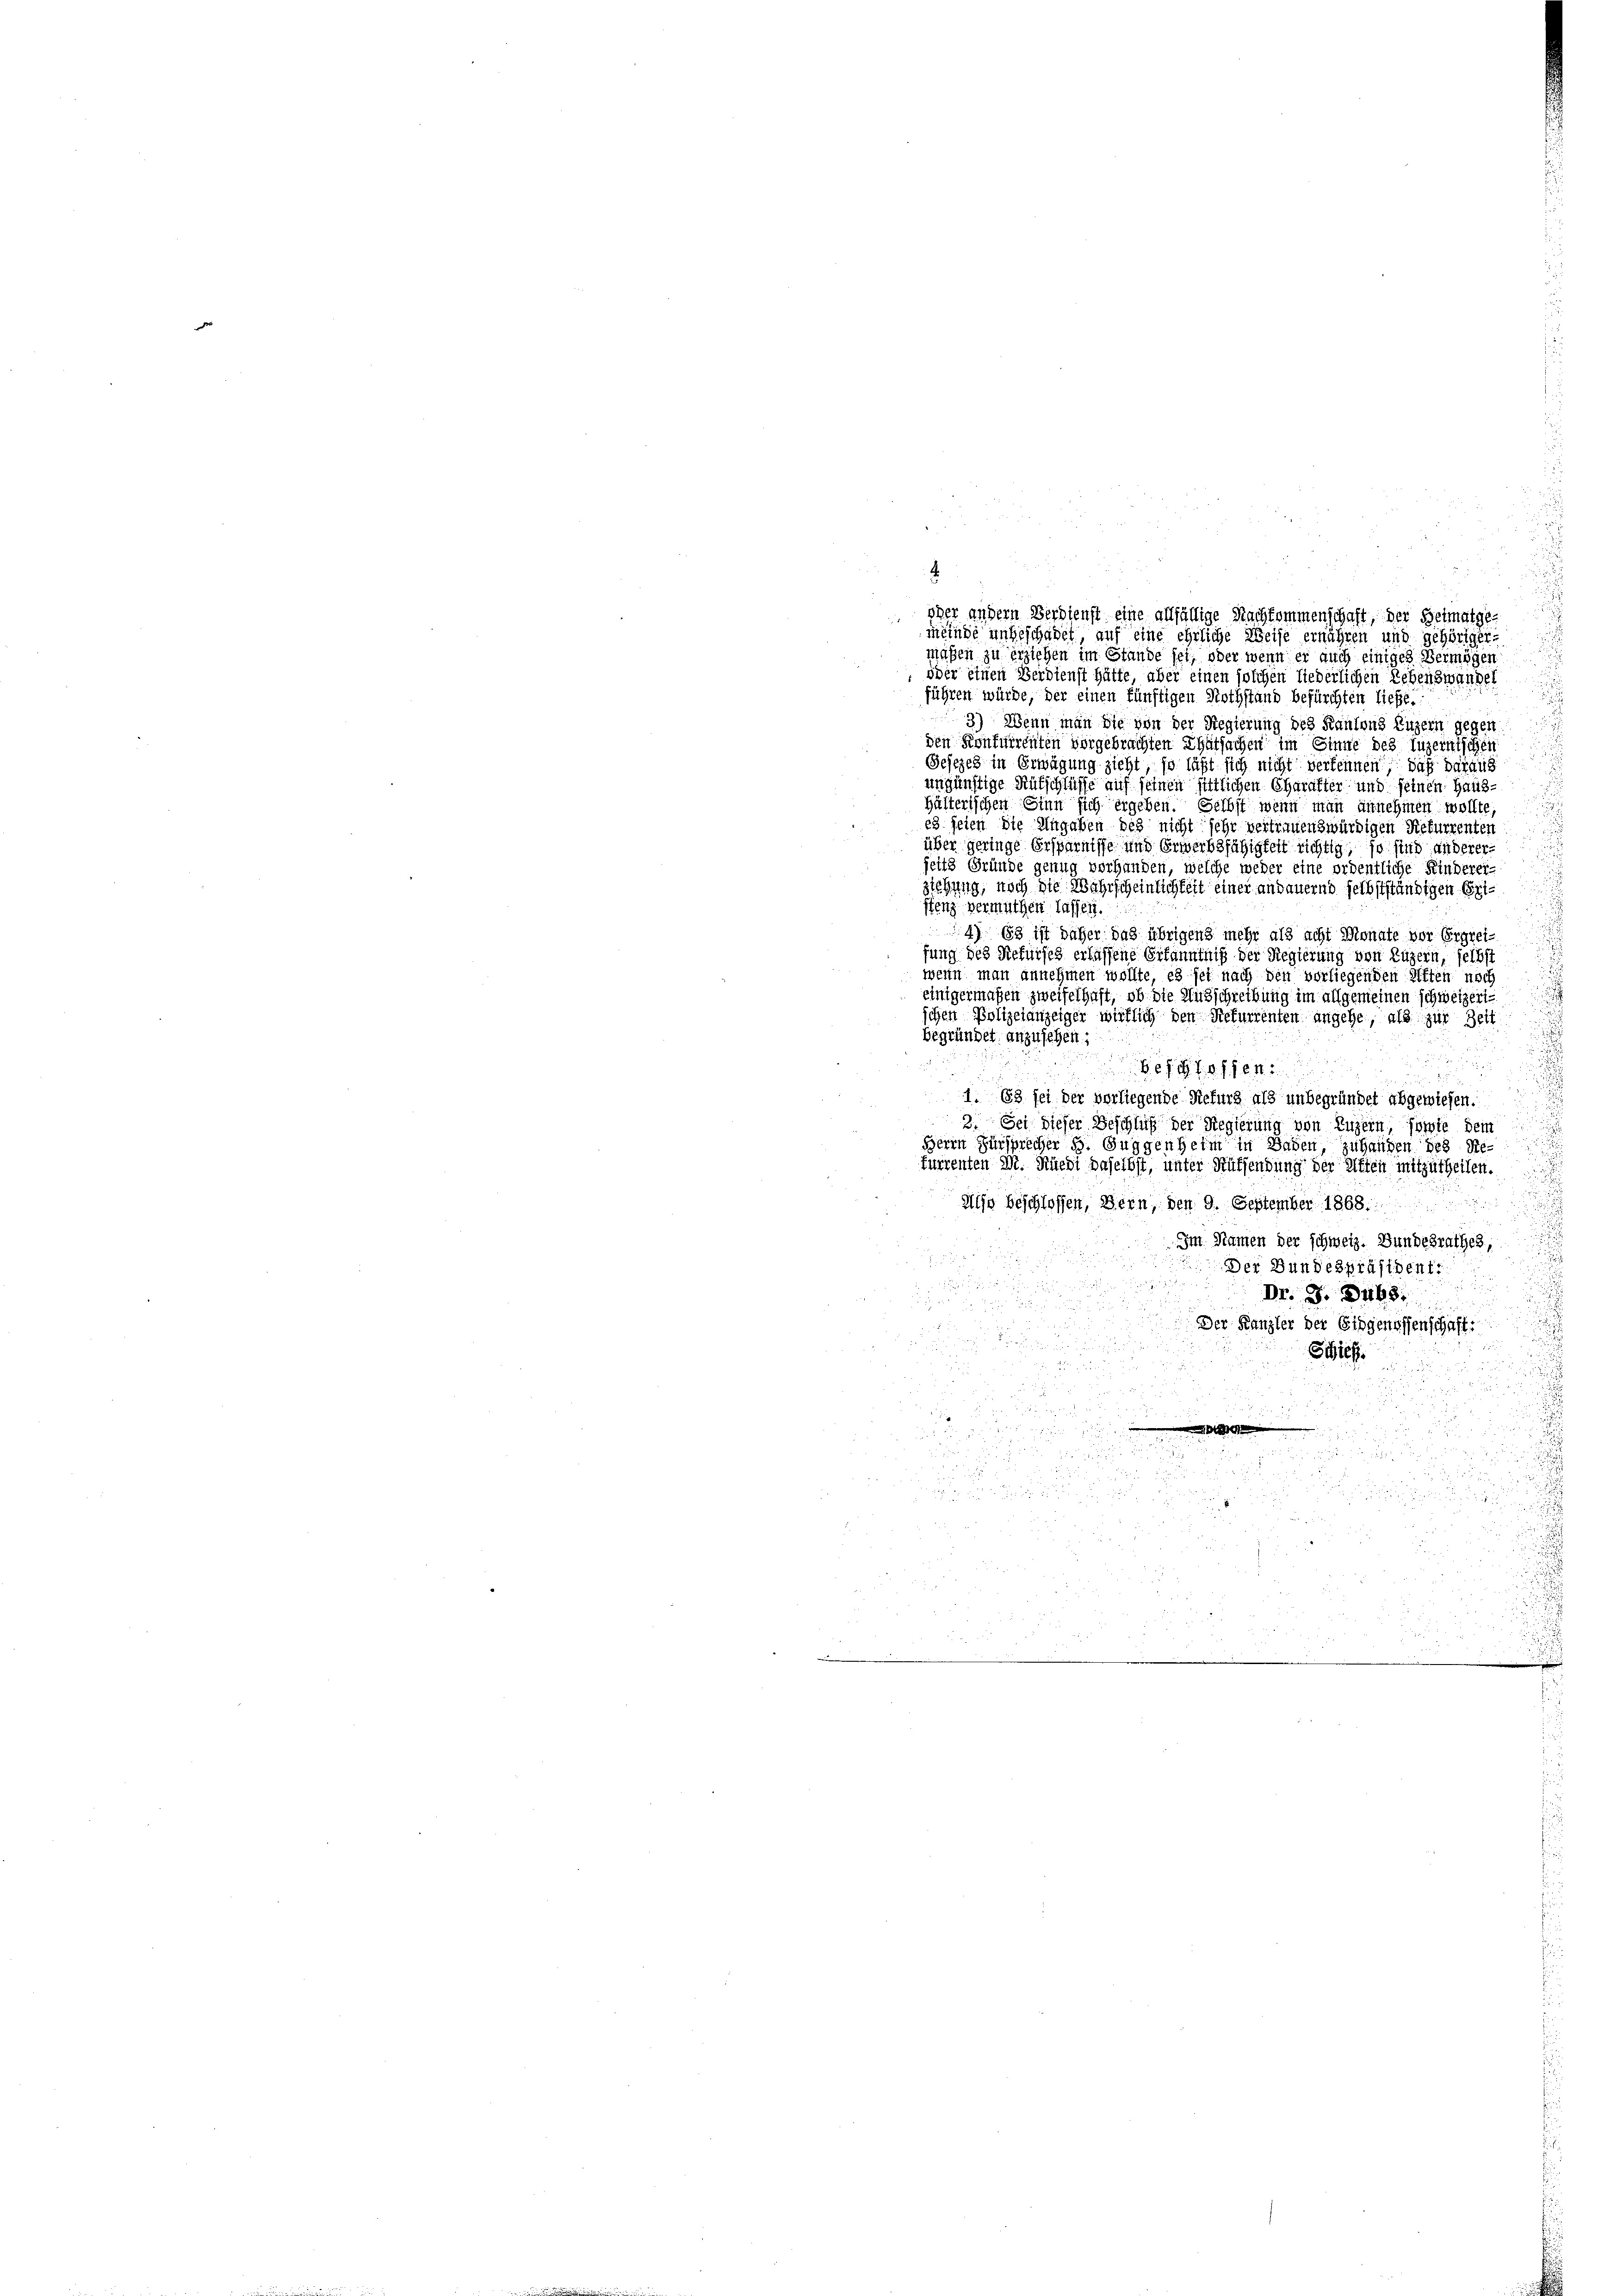
i
.
oher andern Berdienst eine allfällige Nachkommenschaft, der Heimatge
meinde ungeschadet, auf eine ehrliche Weise ernähren und gehöriger
maßen zu erziehen im Stande sei, oder wenn er auch einiges Vermögen
, oder einen Verdienst hätte, aber einen solchen hiederlichen Lehenswandel
führen würde, der einen fünftigen Nothstand befürchten ließe.
3) Wenn man die von der Regierung des Kantons Luzern gegen
den Konfuirenten vorgebrachten Thatsachen im Sinne des Luzernischen
Gesezes in Erwägung zieht, so läßt sich nicht verkennen, daß daraus
ungünstige Rutschlüsse auf seinen sittlichen Charakter und seinen Haus¬
Hälterischen Sinn sich ergeben. Selbst wenn man annehmen wollte
es seien die Angaben des nicht sehr vertrauenswürdigen Rekurrenten
über geringe Ersparnisse und Erwerbsfähigkeit richtig, so sind anderer-
seits Gründe genug vorhanden, welche weder eine ordentliche Kinderei-
ziehung, nach die Wahrscheinlichkeit einer andauernd selbstständigen Eriffen vermuthen lassen.
4) Es ist daher das übrigens mehr als acht Monate vor Ergreifung des Rekurses erlassene Erkanntniß der Regierung von Luzern, selbst
wenn man annehmen wollte, es sei nach den vorliegenden Kiften noch
einigermaßen zweifelhaft, ob die Ausschreibung im allgemeinen schweizerischen Polizeianzeiger wirklich den Refurrenten angehe, als zur Zeit
begründet anzusehen;

effen
1. 63 fei der verliegende Refurg als unbegründet abgewiesen.
3. Sei dieser Beschluß der Regierung von Luzern, sowie dem
Herrn Fürsprecher 5. Guggenheim in Baden, zu handen des Re-
furrenten M. Rüedi daselbst, unter Aufsendung der Ritten mitzutheilen.
Also beschlossen, Bern, den 9. September 1868.
Im Namen der schweiz. Bundesrathes,
Der Bundespräsident
Dr. S. 468.
Der Kanzler der Eidgenossenschaft.
Stief

 .
 xx
 2